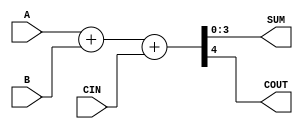
module adder_4bit(
    input [3:0] A, B,
    input CIN,
    output [3:0] SUM,
    output COUT
);

    assign {COUT, SUM} = A + B + CIN;

endmodule